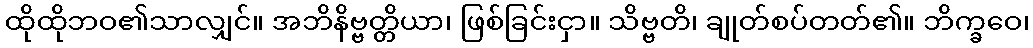
ထိုထိုဘဝ၏သာလျှင်။ အဘိနိဗ္ဗတ္တိယာ၊ ဖြစ်ခြင်းငှာ။ သိဗ္ဗတိ၊ ချုတ်စပ်တတ်၏။ ဘိက္ခဝေ၊